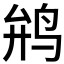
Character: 𱉡